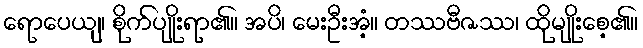
ရောပေယျ၊ စိုက်ပျိုးရာ၏။ အပိ၊ မေးဦးအံ့။ တဿဗီဇဿ၊ ထိုမျိုးစေ့၏။